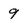
Character: 9